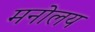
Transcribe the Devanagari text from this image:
मनोलय